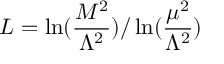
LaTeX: L = \ln ( \frac { M ^ { 2 } } { \Lambda ^ { 2 } } ) / \ln ( \frac { \mu ^ { 2 } } { \Lambda ^ { 2 } } ) \nonumber